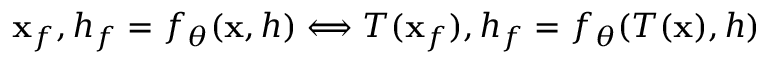
\mathbf { x } _ { f } , h _ { f } = f _ { \theta } ( \mathbf { x } , h ) \Longleftrightarrow T ( \mathbf { x } _ { f } ) , h _ { f } = f _ { \theta } ( T ( \mathbf { x } ) , h )